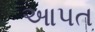
આપત